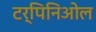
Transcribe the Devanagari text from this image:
टर्पिनिओल